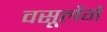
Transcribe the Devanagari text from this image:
वसूलेंगे